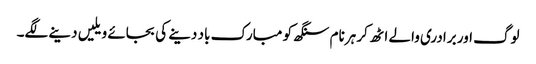
لوگ اور برادری والے اٹھ کر ہرنام سنگھ کو مبارک باد دینے کی بجائے ویلیں دینے لگے۔